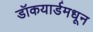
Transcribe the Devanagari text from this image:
डॉकयार्डमधून